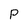
Character: P